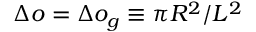
\Delta o = \Delta o _ { g } \equiv \pi R ^ { 2 } / L ^ { 2 }